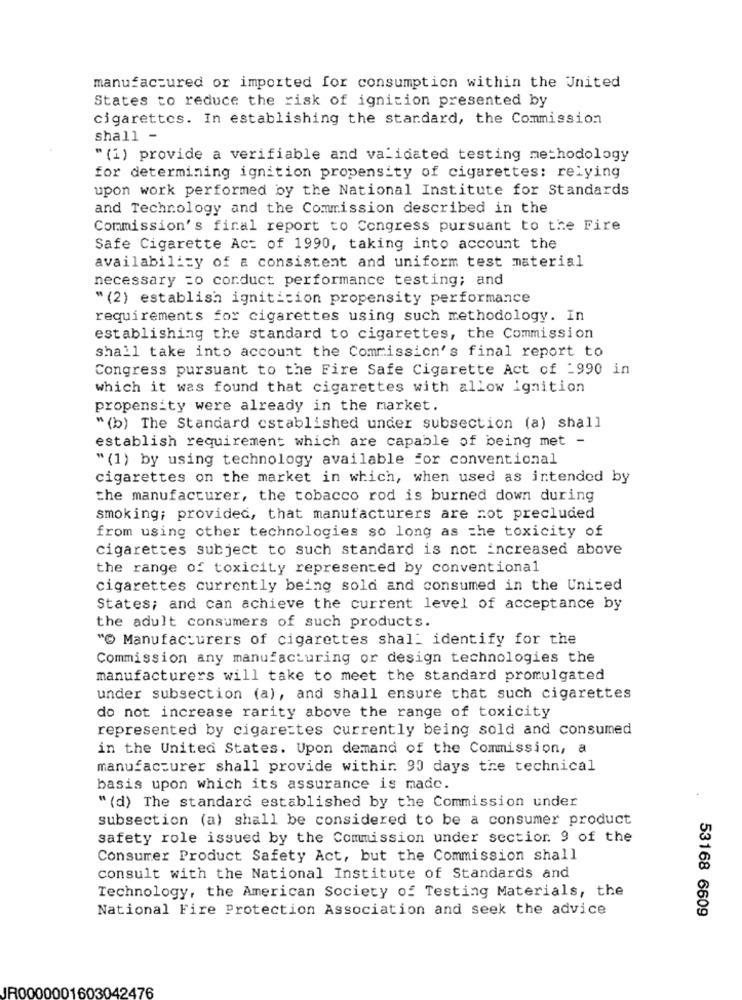
manufactured or imported for consumption within the United
States to reduce the risk of ignition presented by
cigarettes. In establishing the standard, the Commission
shall -
" (1) provide a verifiable and validated testing methodology
for determining ignition propensity of cigarettes: relying
upon work performed by the National Institute for Standards
and Technology and the Commission described in the
Commission's final report to Congress pursuant to the Fire
Safe Cigarette Act of 1990, taking into account the
availability of a consistent and uniform test material
necessary =o conduct performance testing; and
" (2) establish igniticion propensity performance
requirements for cigarettes using such methodology. In
establishing the standard to cigarettes, the Commission
shall take into account the Commission's final report to
Congress pursuant to the Fire Safe Cigarette Act of -990 in
which it was found that cigarettes with allow ignition
propensity were already in the market.
" (b) The Standard established under subsection (a) shall
establish requirement which are capable of being met -
" (1) by using technology available for conventional
cigarettes on the market in which, when used as intended by
the manufacturer, the tobacco rod is burned down during
smoking; provided, that manufacturers are not precluded
from using cther technologies so long as the toxicity of
cigarettes subject to such standard is not increased above
the range of toxicity represented by conventional
cigarettes currently being sold and consumed in the United
States; and can achieve the current level of acceptance by
the adult consumers of such products.
"℃ Manufacturers of cigarettes shal_ identify for the
Commission any manufacturing or design technologies the
manufacturers will take to meet the standard promulgated
under subsection (a), and shall ensure that such cigarettes
do not increase rarity above the range of toxicity
represented by cigarettes currently being sold and consumed
in the United States. Upon demand of the Commission, a
manufacturer shall provide withir. 90 days the technical
basis upon which its assurance is made.
" (d) The standard established by the Commission under
subsection (a) shall be considered to be a consumer product
safety role issued by the Commission under section. 9 of the
Consumer Product Safety Act, but the Commission shall
consult with the National Institute of Standards and
Technology, the American Society of Testing Materials, the
National Fire Protection Association and seek the advice
53168 6609
JR0000001603042476